Report on the bubonic plague in Bombay, 1896-1897
Year: 1896
Disease focus: Plague
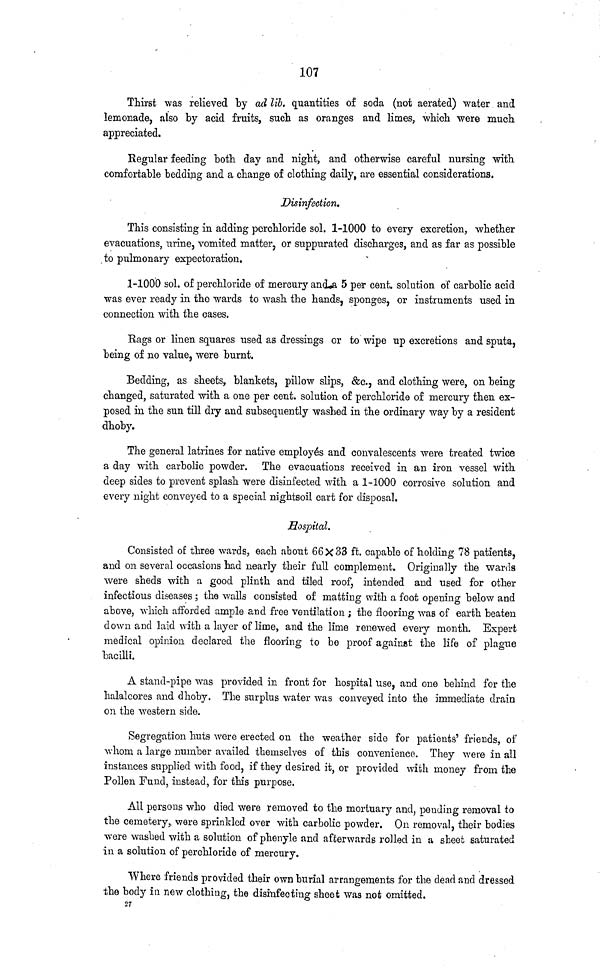
107
Thirst was relieved by ad lib. quantities of soda (not aerated) water and
lemonade, also by acid fruits, such as oranges and limes, which were much
appreciated.
Regular feeding both day and night, and otherwise careful nursing with
comfortable bedding and a change of clothing daily, are essential considerations.
Disinfection.
This consisting in adding perchloride sol. 1-1000 to every excretion, whether
evacuations, urine, vomited matter, or suppurated discharges, and as far as possible
to pulmonary expectoration.
1-1000 sol. of perchloride of mercury and a 5 per cent. solution of carbolic acid
was ever ready in the wards to wash the hands, sponges, or instruments used in
connection with the cases.
Rags or linen squares used as dressings or to wipe up excretions and sputa,
being of no value, were burnt.
Bedding, as sheets, blankets, pillow slips, &c., and clothing were, on being
changed, saturated with a one per cent. solution of perchloride of mercury then ex-
posed in the sun till dry and subsequently washed in the ordinary way by a resident
dhoby.
The general latrines for native employés and convalescents were treated twice
a day with carbolic powder. The evacuations received in an iron vessel with
deep sides to prevent splash were disinfected with a 1-1000 corrosive solution and
every night conveyed to a special nightsoil cart for disposal,
Hospital.
Consisted of three wards, each about 66X33 ft. capable of holding 78 patients,
and on several occasions had nearly their full complement. Originally the wards
were sheds with a good plinth and tiled roof, intended and used for other
infectious diseases ; the walls consisted of matting with a foot opening below and
above, which afforded ample and free ventilation ; the flooring was of earth beaten
down and laid with a layer of lime, and the lime renewed every month. Expert
medical opinion declared the flooring to be proof against the life of plague
bacilli.
A stand-pipe was provided in front for hospital use, and one behind for the
halalcores and dhoby. The surplus water was conveyed into the immediate drain
on the western side.
Segregation huts were erected on the weather side for patients' friends, of
whom a large number availed themselves of this convenience. They were in all
instances supplied with food, if they desired it, or provided with money from the
Pollen Fund, instead, for this purpose.
All persons who died were removed to the mortuary and, pending removal to
the cemetery, were sprinkled over with carbolic powder. On removal, their bodies
were washed with a solution of phenyle and afterwards rolled in a sheet saturated
in a solution of perchloride of mercury.
Where friends provided their own burial arrangements for the dead and dressed
the body in new clothing, the disinfecting sheet was not omitted.
27